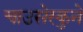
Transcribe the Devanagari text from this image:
चाउसेस्कुने